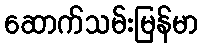
ဆောက်သမ်းမြန်မာ